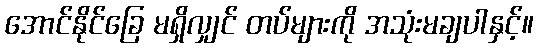
အောင်နိုင်ခြေ မရှိလျှင် တပ်များကို အသုံးမချပါနှင့်။